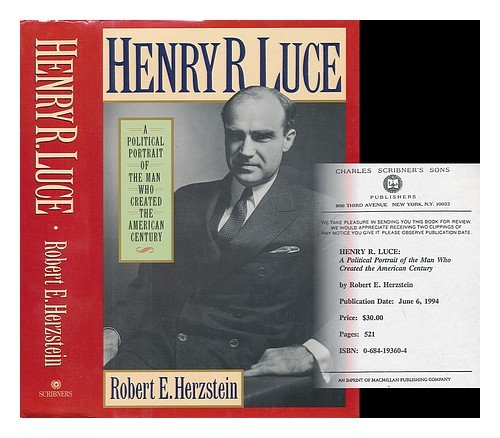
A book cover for Henry R. Luce: A Political Portrait of the Man Who Created the American Century; Robert E. Herzstein; Humor & Entertainment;